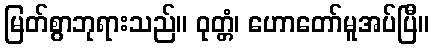
မြတ်စွာဘုရားသည်။ ဝုတ္တံ၊ ဟောတော်မူအပ်ပြီ။